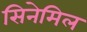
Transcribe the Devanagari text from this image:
सिनेमिल